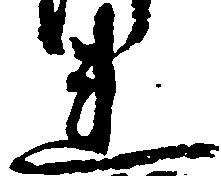
連